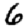
Digit: 6